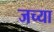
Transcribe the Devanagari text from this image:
जच्या